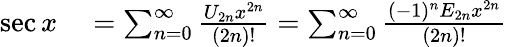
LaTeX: \begin{array}{rl}{\sec x}&{{}{}=\sum_{n=0}^{\infty}{\frac{U_{2n}x^{2n}}{(2n)!}}=\sum_{n=0}^{\infty}{\frac{(-1)^{n}E_{2n}x^{2n}}{(2n)!}}}\end{array}